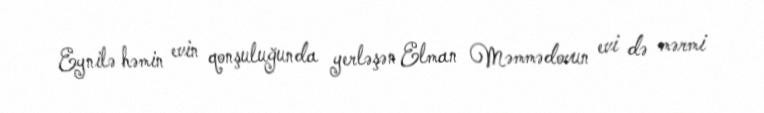
Eynilə həmin evin qonşuluğunda yerləşən Elman Məmmədovun evi də mərmi